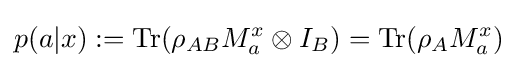
p(a|x):=\mathrm {Tr} (\rho _{AB}M_{a}^{x}\otimes I_{B})=\mathrm {Tr} (\rho _{A}M_{a}^{x})